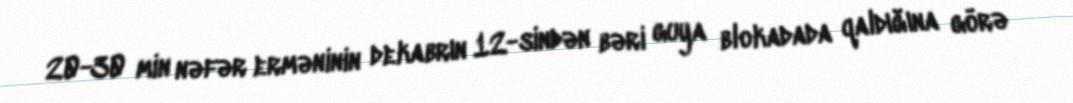
20-30 min nəfər erməninin dekabrın 12-sindən bəri guya blokadada qaldığına görə